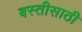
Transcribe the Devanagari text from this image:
बस्तीसाठी